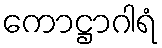
ကောဋ္ဌာဂါရံ